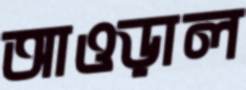
আওড়াল